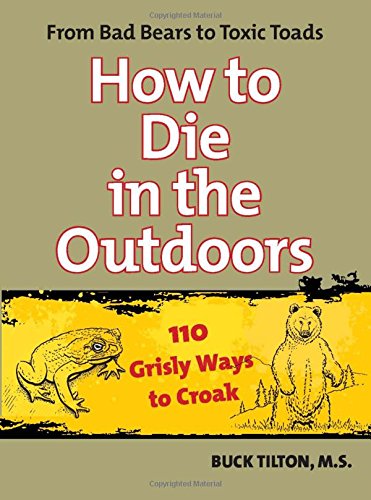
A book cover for How to Die in the Outdoors: From Bad Bears To Toxic Toads, 110 Grisly Ways To Croak; Buck Tilton; Humor & Entertainment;